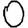
Digit: 0